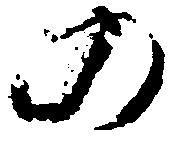
の